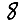
Digit: 8